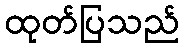
ထုတ်ပြသည်